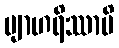
ဗျာဟရိဿာမိ